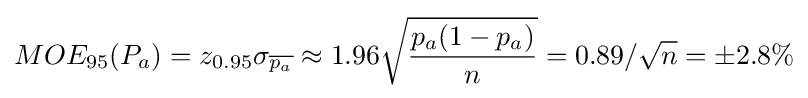
MOE_{95}(P_{a})=z_{0.95}\sigma _{\overline {p_{a}}}\approx 1.96{\sqrt {\frac {p_{a}(1-p_{a})}{n}}}=0.89/{\sqrt {n}}=\pm 2.8\%